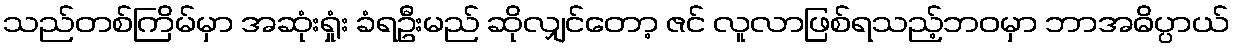
သည်တစ်ကြိမ်မှာ အဆုံးရှုံး ခံရဦးမည် ဆိုလျှင်တော့ ဇင် လူလာဖြစ်ရသည့်ဘဝမှာ ဘာအဓိပ္ပာယ်